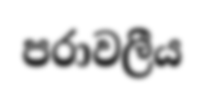
පරාවලීය